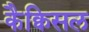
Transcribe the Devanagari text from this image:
कैक्विसल